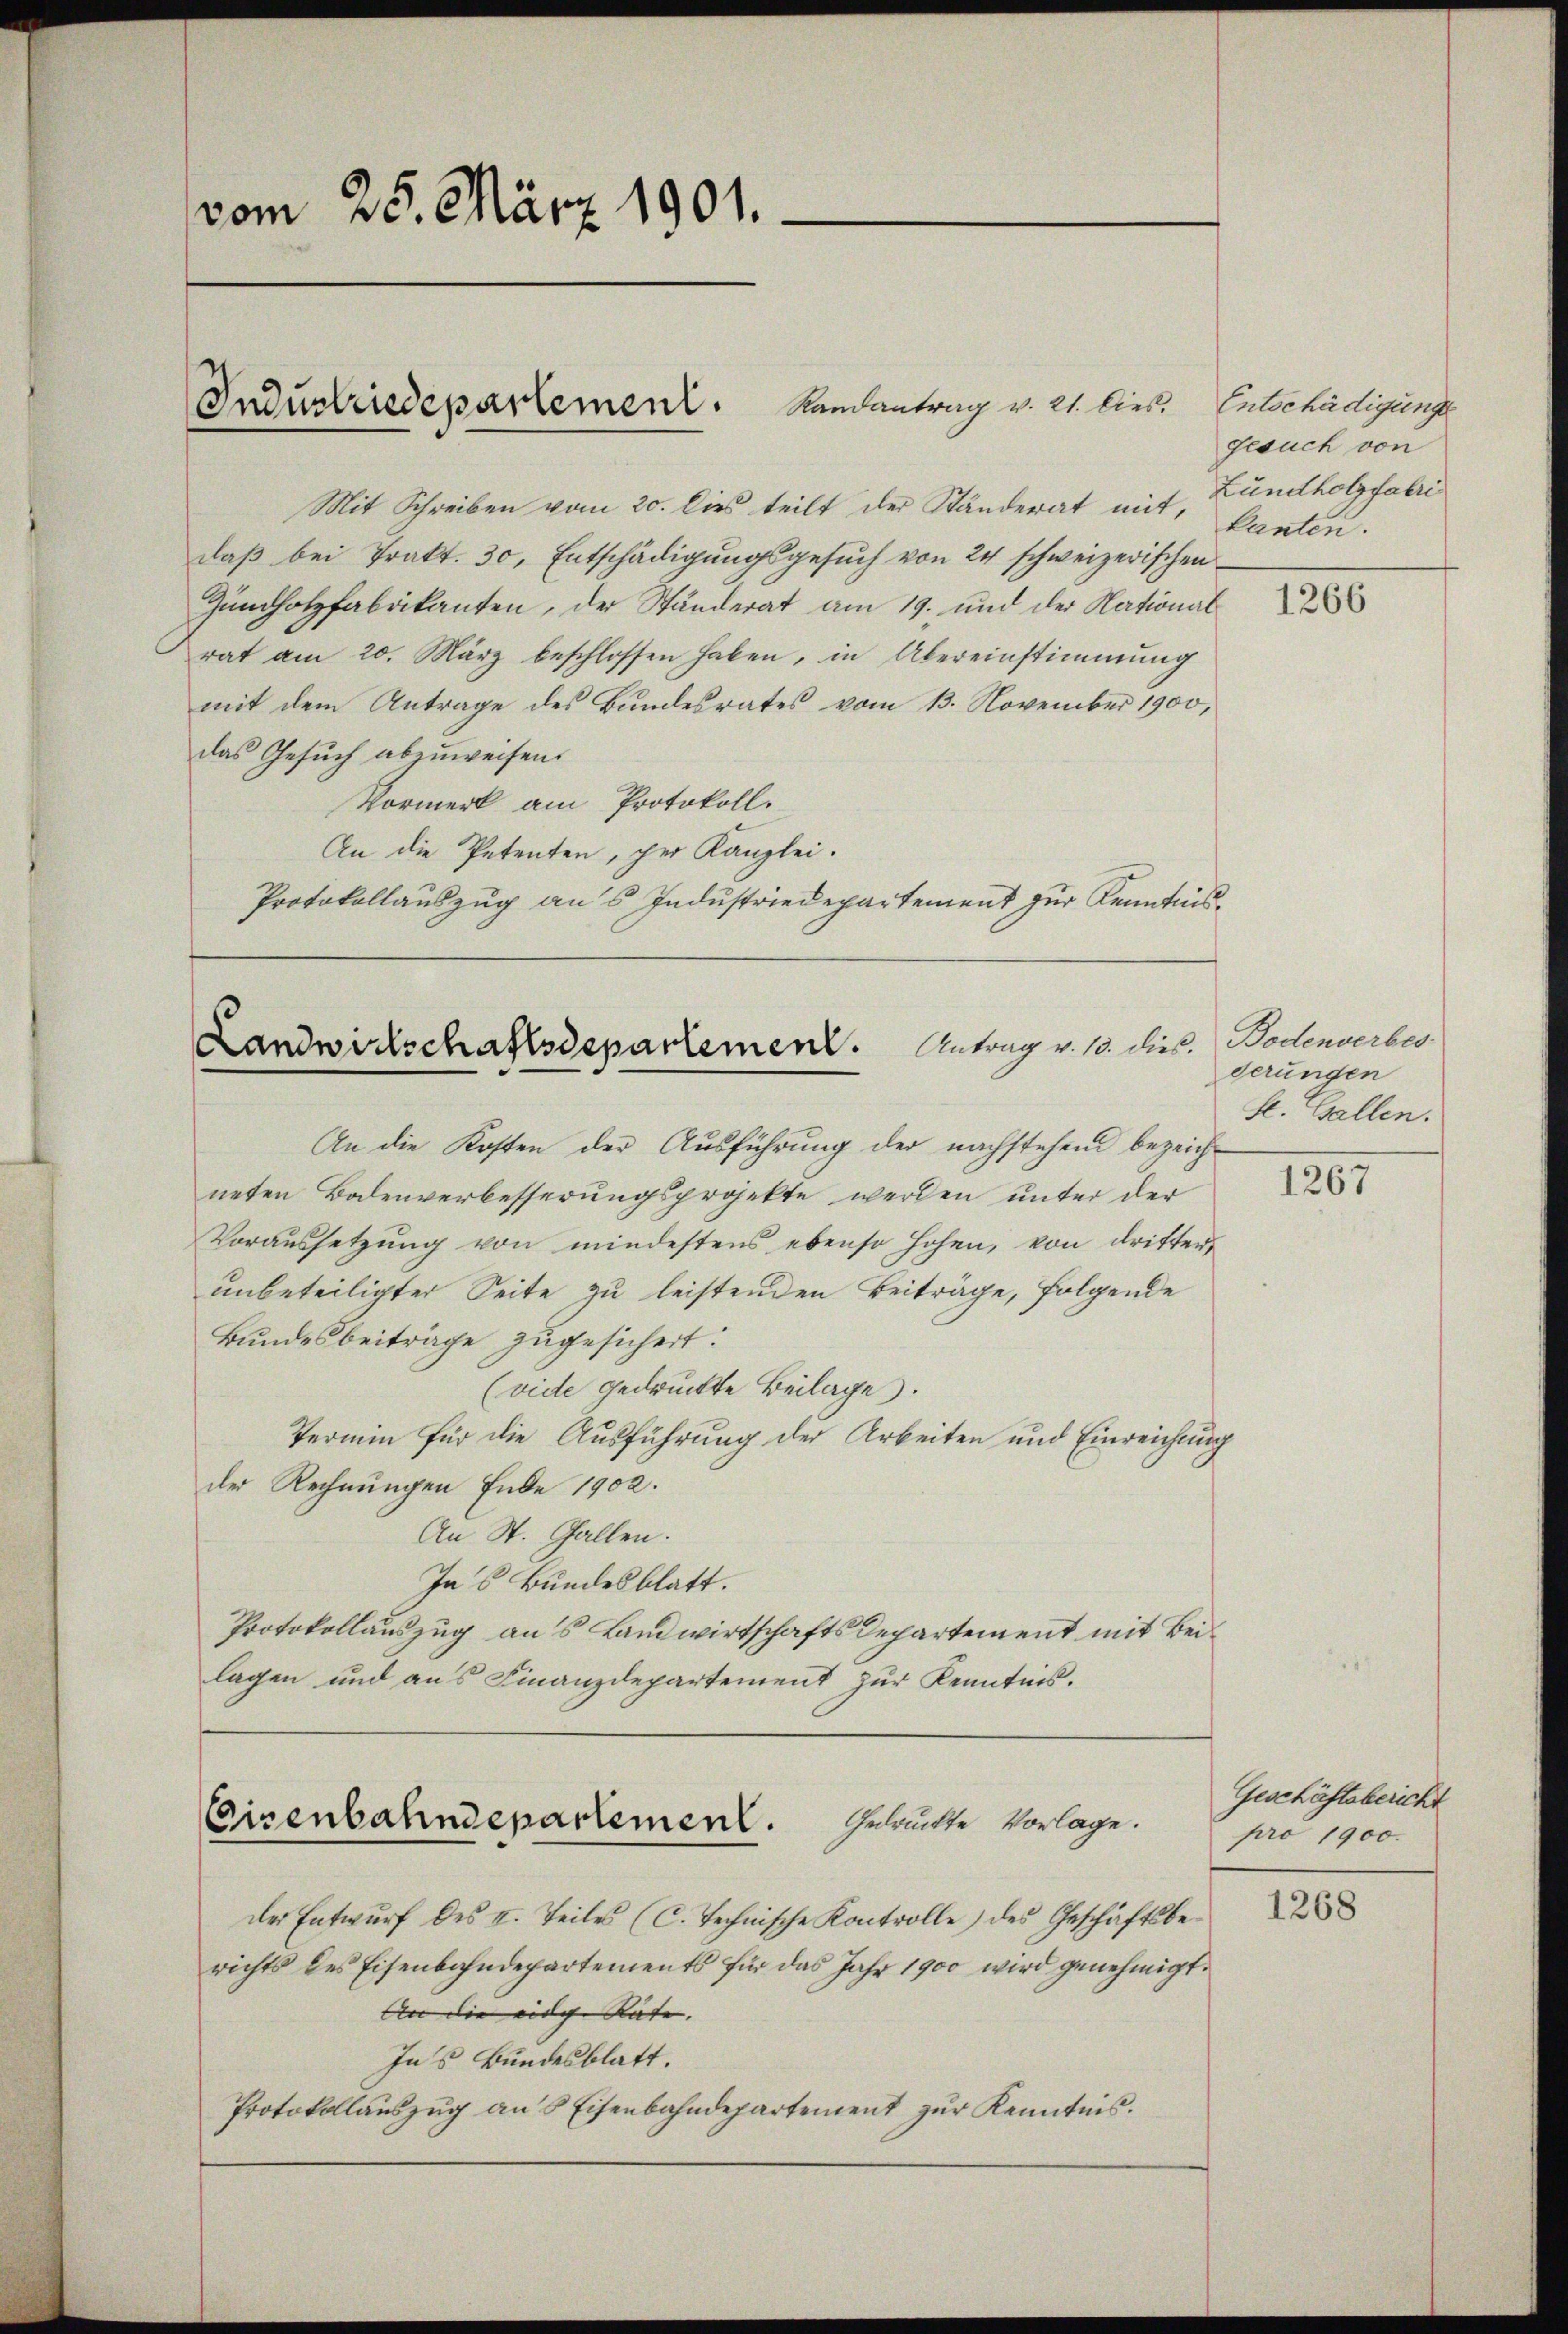
vom 25. März 1901.

Mit Schreiben vom 20. dies teilt der Ständerat mit,
daβ bei Trakt. 30, Entschädigungsgesŭch von 24 schweizerischen
Zumholzfabrikanten, der Stunderat am 19. und der National
rat am 20. März beschlossen haben, in Übereinstimmung
mit dem Antrage des Bundesrates vom 13. November 1900,
das Gesuch abzuweisen.
Vormerk am Protokoll.
An die Petenten, der Kanzlei.
Protokollauszug aus Industriedepartement zur Kenntnis¬

Industriedepartement. Landantrag v. 21. hies.

Landwirtschaftsdepartement. Antrag v. 13. dies

An die Kosten der Ausführung der nachstehend bezeichneten Bodenverbesserungsprojekte werden unter der
Voraussetzung von mindestens ebenso hohen, von dritter,
unbeteiligter Seite zu leistenden Beiträge, folgende
Bundesbeiträge zugesichert.
(vide gedruckte Beilage.
Termin für die Ausführung der Arbeiten und Einreichung
der Rechnungen Ende 1902.
An St. Gallen.
Jas Bundesblatt.
Protokollauszug aus Landwirtschafts Departement mit Beilagen und aus Finanzdepartement zur Kenntnis.

Gedruckte Vorlage.
Eisenbahndepartement.

der Entwurf des II. Teiles (C. Technische Kontrolle) des Geschäftsberichts des Eisenbahndepartements für das Jahr 1900 wird genehmigt.
An die eilche Rate. |
Ins Bundesblatt.
Protokollaŭszŭg an 8 Eisenbahndepartement zŭr Kenntnis.

Entschädigunge
gesuch von
Lundholzfabri
kanten.

1266

Bodenverbes-
derungen
k. Gallen.

1267

Geschäftsbericht
pro 1900.

1268